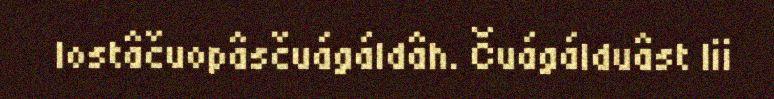
lostâčuopâsčuágáldâh. Čuágálduâst lii